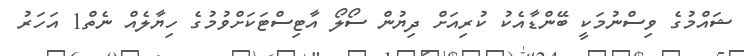
ޝައްމުގެ ވިސްނުމަކީ ބޭންޑާއެކު ކުރިއަށް ދިޔުން ސޯލޯ އާޓިސްޓަކަށްވުމުގެ ހިޔާލެއް ނެތް1 އަހަރު